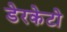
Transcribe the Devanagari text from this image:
डेरकेटो